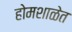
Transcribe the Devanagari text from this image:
होमशाळेत